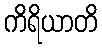
ကိရိယာတိ